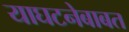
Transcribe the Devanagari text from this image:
याघटनेबाबत